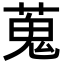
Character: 蒐